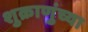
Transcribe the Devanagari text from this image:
शुक्राणुंच्या